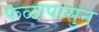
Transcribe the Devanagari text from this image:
फळापासुन